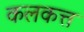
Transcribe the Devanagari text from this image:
कलकत्त